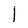
Character: 1